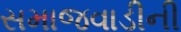
સમાજવાડીની